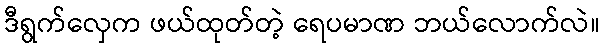
ဒီရွက်လှေက ဖယ်ထုတ်တဲ့ ရေပမာဏ ဘယ်လောက်လဲ။